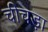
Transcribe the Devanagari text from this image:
चीचड़ा